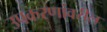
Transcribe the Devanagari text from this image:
उपकरणांवरील